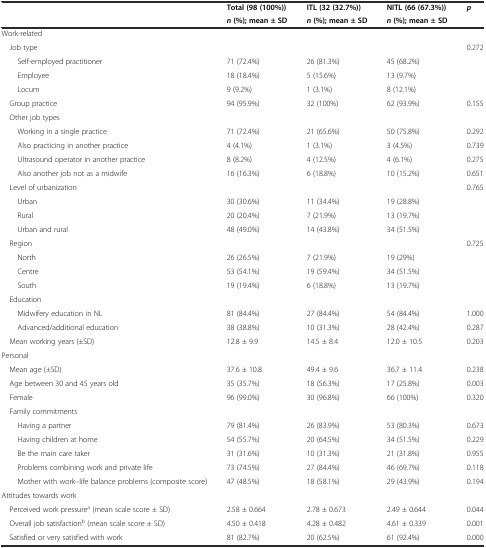
<table><thead><tr><td rowspan="2"></td><td><b>Total (98 (100%))</b></td><td><b>ITL (32 (32.7%))</b></td><td><b>NITL (66 (67.3%))</b></td><td rowspan="2"><b><i>p</i></b></td></tr><tr><td><b><i>n</i>(%); mean ± SD</b></td><td><b><i>n</i>(%); mean ± SD</b></td><td><b><i>n</i>(%); mean ± SD</b></td></tr></thead><tbody><tr><td colspan="5">Work-related</td></tr><tr><td> Job type</td><td></td><td></td><td></td><td>0.272</td></tr><tr><td>Self-employed practitioner</td><td>71 (72.4%)</td><td>26 (81.3%)</td><td>45 (68.2%)</td><td></td></tr><tr><td>Employee</td><td>18 (18.4%)</td><td>5 (15.6%)</td><td>13 (9.7%)</td><td></td></tr><tr><td>Locum</td><td>9 (9.2%)</td><td>1 (3.1%)</td><td>8 (12.1%)</td><td></td></tr><tr><td> Group practice</td><td>94 (95.9%)</td><td>32 (100%)</td><td>62 (93.9%)</td><td>0.155</td></tr><tr><td colspan="5"> Other job types</td></tr><tr><td>Working in a single practice</td><td>71 (72.4%)</td><td>21 (65.6%)</td><td>50 (75.8%)</td><td>0.292</td></tr><tr><td>Also practicing in another practice</td><td>4 (4.1%)</td><td>1 (3.1%)</td><td>3 (4.5%)</td><td>0.739</td></tr><tr><td>Ultrasound operator in another practice</td><td>8 (8.2%)</td><td>4 (12.5%)</td><td>4 (6.1%)</td><td>0.275</td></tr><tr><td>Also another job not as a midwife</td><td>16 (16.3%)</td><td>6 (18.8%)</td><td>10 (15.2%)</td><td>0.651</td></tr><tr><td> Level of urbanization</td><td></td><td></td><td></td><td>0.765</td></tr><tr><td>Urban</td><td>30 (30.6%)</td><td>11 (34.4%)</td><td>19 (28.8%)</td><td></td></tr><tr><td>Rural</td><td>20 (20.4%)</td><td>7 (21.9%)</td><td>13 (19.7%)</td><td></td></tr><tr><td>Urban and rural</td><td>48 (49.0%)</td><td>14 (43.8%)</td><td>34 (51.5%)</td><td></td></tr><tr><td> Region</td><td></td><td></td><td></td><td>0.725</td></tr><tr><td>North</td><td>26 (26.5%)</td><td>7 (21.9%)</td><td>19 (29%)</td><td></td></tr><tr><td>Centre</td><td>53 (54.1%)</td><td>19 (59.4%)</td><td>34 (51.5%)</td><td></td></tr><tr><td>South</td><td>19 (19.4%)</td><td>6 (18.8%)</td><td>13 (19.7%)</td><td></td></tr><tr><td colspan="5"> Education</td></tr><tr><td>Midwifery education in NL</td><td>81 (84.4%)</td><td>27 (84.4%)</td><td>54 (84.4%)</td><td>1.000</td></tr><tr><td>Advanced/additional education</td><td>38 (38.8%)</td><td>10 (31.3%)</td><td>28 (42.4%)</td><td>0.287</td></tr><tr><td> Mean working years (±SD)</td><td>12.8 ± 9.9</td><td>14.5 ± 8.4</td><td>12.0 ± 10.5</td><td>0.203</td></tr><tr><td colspan="5">Personal</td></tr><tr><td> Mean age (±SD)</td><td>37.6 ± 10.8</td><td>49.4 ± 9.6</td><td>36.7 ± 11.4</td><td>0.238</td></tr><tr><td> Age between 30 and 45 years old</td><td>35 (35.7%)</td><td>18 (56.3%)</td><td>17 (25.8%)</td><td>0.003</td></tr><tr><td> Female</td><td>96 (99.0%)</td><td>30 (96.8%)</td><td>66 (100%)</td><td>0.320</td></tr><tr><td colspan="5"> Family commitments</td></tr><tr><td>Having a partner</td><td>79 (81.4%)</td><td>26 (83.9%)</td><td>53 (80.3%)</td><td>0.673</td></tr><tr><td>Having children at home</td><td>54 (55.7%)</td><td>20 (64.5%)</td><td>34 (51.5%)</td><td>0.229</td></tr><tr><td>Be the main care taker</td><td>31 (31.6%)</td><td>10 (31.3%)</td><td>21 (31.8%)</td><td>0.955</td></tr><tr><td>Problems combining work and private life</td><td>73 (74.5%)</td><td>27 (84.4%)</td><td>46 (69.7%)</td><td>0.118</td></tr><tr><td>Mother with work–life balance problems (composite score)</td><td>47 (48.5%)</td><td>18 (58.1%)</td><td>29 (43.9%)</td><td>0.194</td></tr><tr><td colspan="5">Attitudes towards work</td></tr><tr><td> Perceived work pressure<sup>a</sup> (mean scale score ± SD)</td><td>2.58 ± 0.664</td><td>2.78 ± 0.673</td><td>2.49 ± 0.644</td><td>0.044</td></tr><tr><td> Overall job satisfaction<sup>b</sup> (mean scale score ± SD)</td><td>4.50 ± 0.418</td><td>4.28 ± 0.482</td><td>4.61 ± 0.339</td><td>0.001</td></tr><tr><td> Satisfied or very satisfied with work</td><td>81 (82.7%)</td><td>20 (62.5%)</td><td>61 (92.4%)</td><td>0.000</td></tr></tbody></table>